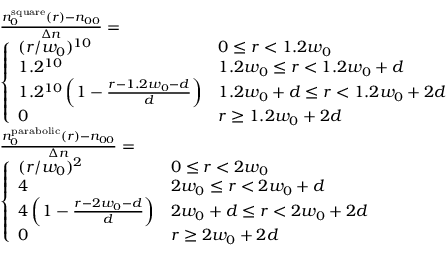
\begin{array} { r l } & { \frac { n _ { 0 } ^ { \mathrm { s q u a r e } } ( r ) - n _ { 0 0 } } { \Delta n } = } \\ & { \left\{ \begin{array} { l l } { ( r / w _ { 0 } ) ^ { 1 0 } } & { 0 \leq r < 1 . 2 w _ { 0 } } \\ { 1 . 2 ^ { 1 0 } } & { 1 . 2 w _ { 0 } \leq r < 1 . 2 w _ { 0 } + d } \\ { 1 . 2 ^ { 1 0 } \left( 1 - \frac { r - 1 . 2 w _ { 0 } - d } { d } \right) } & { 1 . 2 w _ { 0 } + d \leq r < 1 . 2 w _ { 0 } + 2 d } \\ { 0 } & { r \geq 1 . 2 w _ { 0 } + 2 d } \end{array} \right. } \\ & { \frac { n _ { 0 } ^ { \mathrm { p a r a b o l i c } } ( r ) - n _ { 0 0 } } { \Delta n } = } \\ & { \left\{ \begin{array} { l l } { ( r / w _ { 0 } ) ^ { 2 } } & { 0 \leq r < 2 w _ { 0 } } \\ { 4 } & { 2 w _ { 0 } \leq r < 2 w _ { 0 } + d } \\ { 4 \left( 1 - \frac { r - 2 w _ { 0 } - d } { d } \right) } & { 2 w _ { 0 } + d \leq r < 2 w _ { 0 } + 2 d } \\ { 0 } & { r \geq 2 w _ { 0 } + 2 d } \end{array} \right. } \end{array}